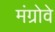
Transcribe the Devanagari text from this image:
मंग्रोवे